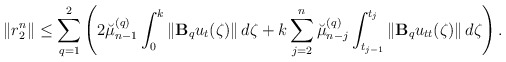
\begin{align*} \left\|r_2^n \right\| \leq \sum\limits_{q=1}^{2} \left( 2 \breve{\mu}_{n-1}^{(q)} \int_{0}^{k}\left\|\mathbf{B}_qu_{t}(\zeta)\right\|d\zeta + k\sum\limits_{j=2}^{n} \breve{\mu}_{n-j}^{(q)} \int_{t_{j-1}}^{t_{j}} \left\|\mathbf{B}_qu_{tt}(\zeta)\right\| d\zeta \right). \end{align*}